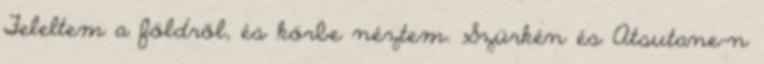
Feleltem a földről, és körbe néztem. Szürkén és Atsutane-n